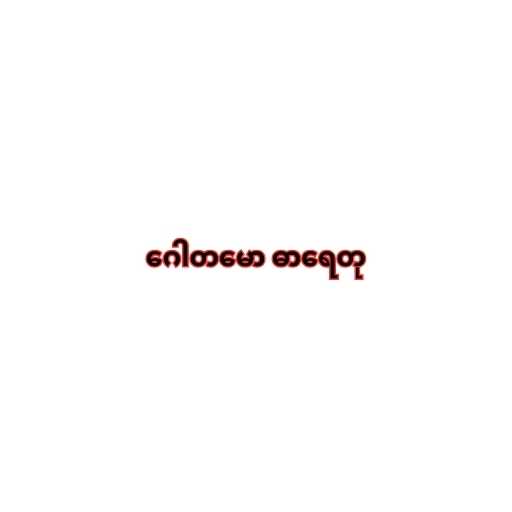
ဂေါတမော ဓာရေတု